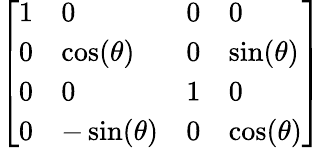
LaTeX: \left[\begin{array}{llll}{1}&{0}&{0}&{0}\\ {0}&{\cos(\theta)}&{0}&{\sin(\theta)}\\ {0}&{0}&{1}&{0}\\ {0}&{-\sin(\theta)}&{0}&{\cos(\theta)}\end{array}\right]